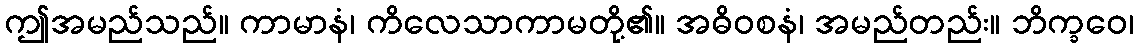
ဤအမည်သည်။ ကာမာနံ၊ ကိလေသာကာမတို့၏။ အဓိဝစနံ၊ အမည်တည်း။ ဘိက္ခဝေ၊